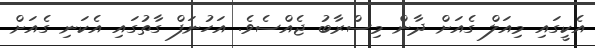
އެކީގައި މިއަލް ގެއަށް ދާން މިސްރާބު ޖެއްސެވެ. އަހުނަފް ގާތުގައި އެކަނި ގެއަށް